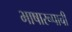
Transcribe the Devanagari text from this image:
भाषारूपाची